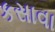
કસાવા